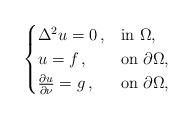
LaTeX: \begin{align*}\begin{cases}\Delta^2 u=0\,, & {\rm in\ }\Omega,\\u=f\,, & {\rm on\ }\partial\Omega,\\\frac{\partial u}{\partial\nu}=g\,, & {\rm on\ }\partial\Omega,\end{cases}\end{align*}